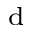
_ \mathrm { d }